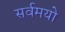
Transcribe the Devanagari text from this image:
सर्वमयो